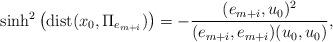
LaTeX: \begin{align*}\sinh^2\left(\mathrm{dist}(x_0, \Pi_{e_{m+i}})\right) = -\frac{(e_{m+i},u_0)^2}{(e_{m+i},e_{m+i})(u_0,u_0)},\end{align*}